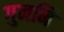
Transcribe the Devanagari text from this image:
गुननि